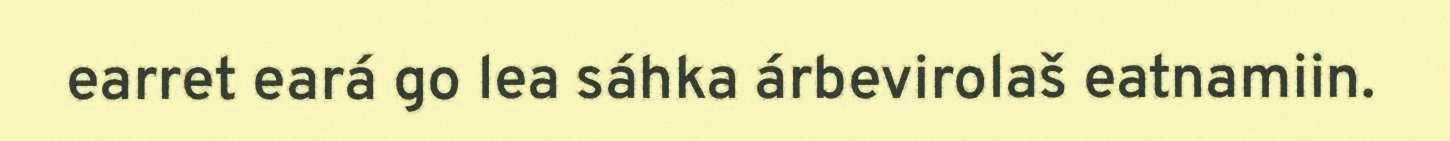
earret eará go lea sáhka árbevirolaš eatnamiin.